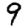
Digit: 9